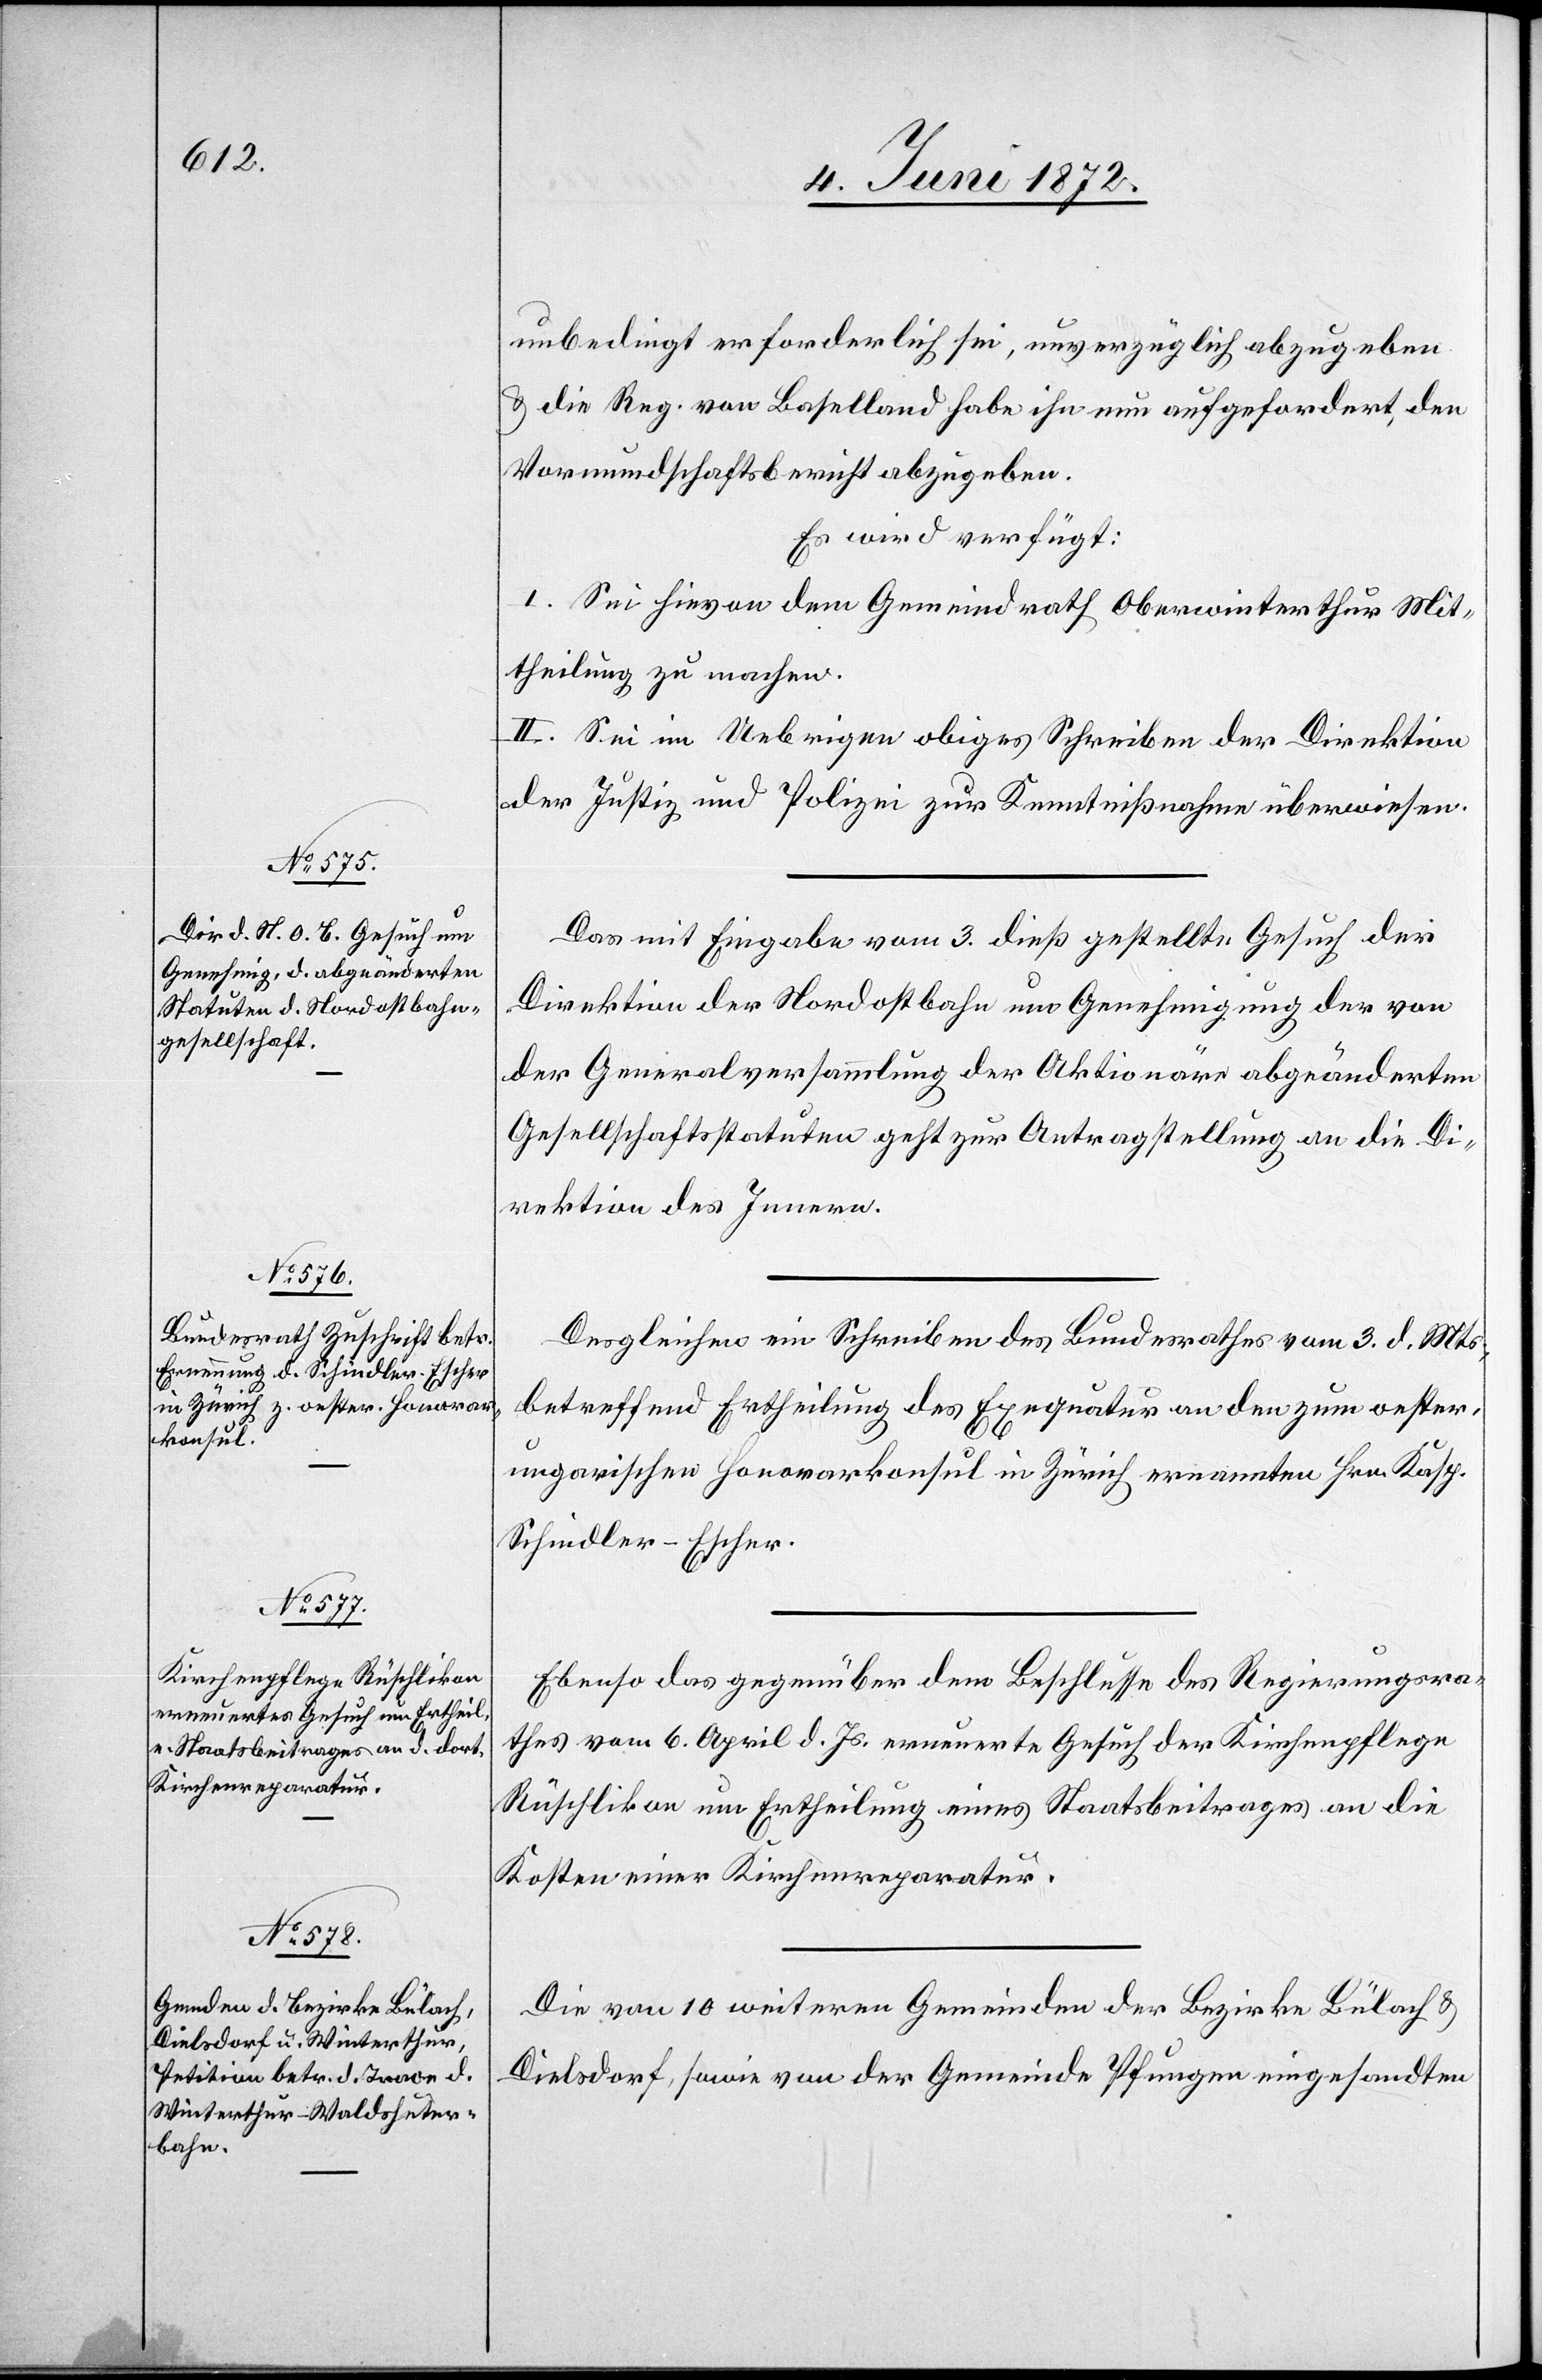
r.[-]u¬

5. Juni 1872.]
unbedingt erforderlich sei, unverzüglich abzugeben
u. die Reg. von Baselland habe ihn nun aufgefordert, den
Vormundschaftsbericht abzugeben.
Es wird verfügt:
I. Sei hievon dem Gemeindrath Oberwinterthur Mit¬
theilung zu machen.
II. Sei im Uebrigen obiges Schreiben der Direktion
der Justiz und Polizei zur Kenntnißnahme überwiesen.
Das mit Eingabe vom 3. dieß gestellte Gesuch der
Direktion der Nordostbahn um Genehmigung der von
der Generalversammlung der Aktionäre abgeänderten
Gesellschaftsstatuten geht zur Antragstellung an die Di¬
rektion des Innern.
Desgleichen ein Schreiben des Bundesrathes vom 3. d. Mts.,
betreffend Ertheilung des Exequatur an den zum oeste¬
ngarischen Honorarkonsul in Zürich ernannten Hrn. Kasp.
Schindler-Escher.
Ebenso das gegenüber dem Beschlusse des Regierungsra¬
thes vom 6. April d. Js. erneuerte Gesuch der Kirchenpflege
Rüschlikon um Ertheilung eines Staatsbeitrages an die
Kosten einer Kirchenreparatur.
Die von 10 weiteren Gemeinden der Bezirke Bülach u.
Dielsdorf, sowie von der Gemeinde Pfungen eingesandten